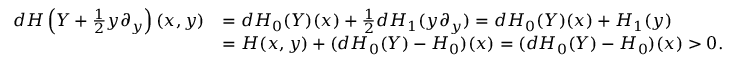
\begin{array} { r l } { d H \left( Y + \frac { 1 } { 2 } y \partial _ { y } \right) ( x , y ) } & { = d H _ { 0 } ( Y ) ( x ) + \frac { 1 } { 2 } d H _ { 1 } ( y \partial _ { y } ) = d H _ { 0 } ( Y ) ( x ) + H _ { 1 } ( y ) } \\ & { = H ( x , y ) + ( d H _ { 0 } ( Y ) - H _ { 0 } ) ( x ) = ( d H _ { 0 } ( Y ) - H _ { 0 } ) ( x ) > 0 . } \end{array}